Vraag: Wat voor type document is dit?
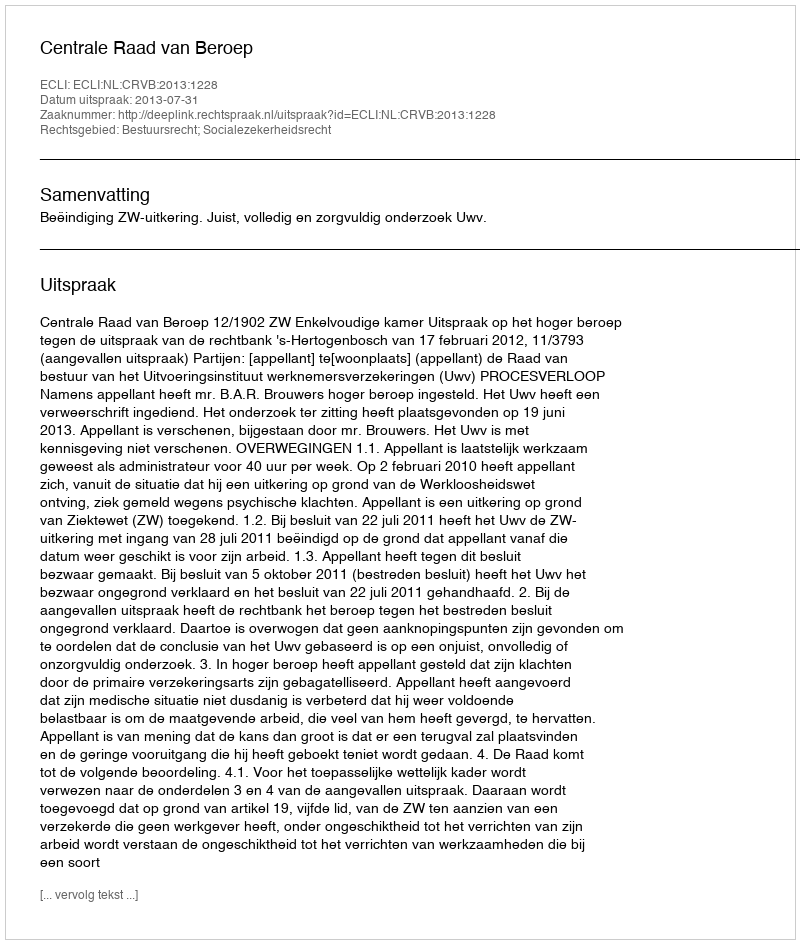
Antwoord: Uitspraak